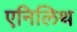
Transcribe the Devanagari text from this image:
एनिलिथ